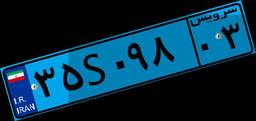
۳۵S۰۹۸۰۳